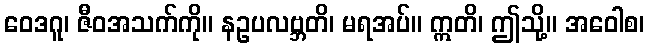
ဝေဒဂူ၊ ဇီဝအသက်ကို။ နဥပလဗ္ဘတိ၊ မရအပ်။ ဣတိ၊ ဤသို့။ အဝေါစ၊